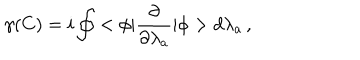
\gamma ( C ) = i \oint < \phi | \frac { \partial } { \partial \lambda _ { a } } | \phi > d \lambda _ { a } \, { , }